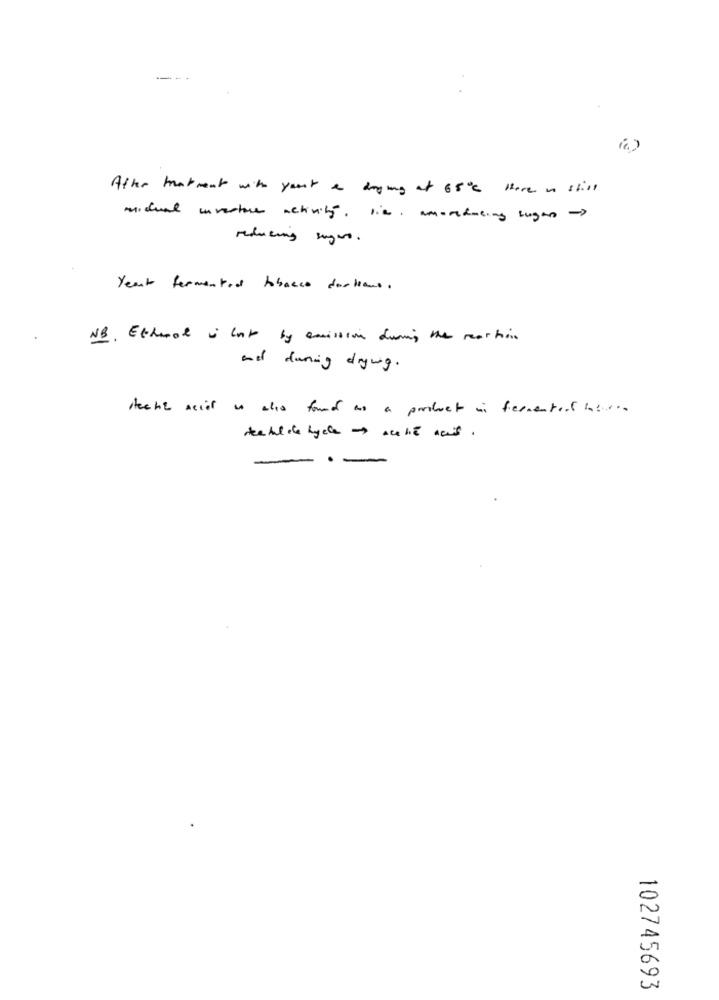
Ather takment with your a drying at 68℃ Here is still
michal investice activity, like, amortfacing sugen ->
reducing sugers.
Yeant fermented tobacco dactions.
NB. Ethoot i lub by amission during the reaction
and during drying.
Hecht Acil to alis found as a partbact in fermentert ins ...
seetal de hydle - acetic acid .
102745693